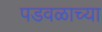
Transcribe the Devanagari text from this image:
पडवळाच्या